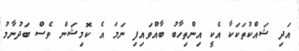
އަދި ޝައްކުތަކަކާ އެކީ އިންތިހާބު ބާއްވައިފި ނަމަ އެ ކޮމިޝަން ވެސް ބަދުނާމު